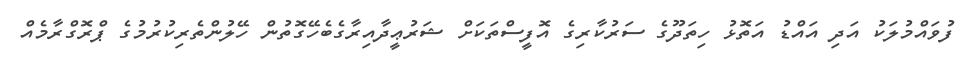
ފުވައްމުލަކު އަދި އައްޑު އަތޮޅު ހިތަދޫގެ ސަރުކާރިގެ އޮފީސްތަކަށް ޝަރުޢީދާއިރާގެބެހޭގޮތުން ހޭލުންތެރިކުރުމުގެ ޕްރޮގްރާމެއް